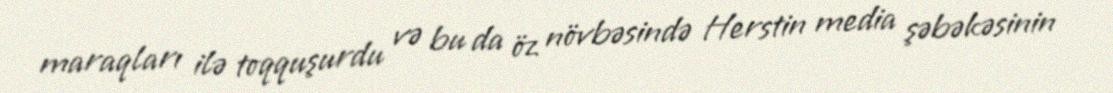
maraqları ilə toqquşurdu və bu da öz növbəsində Herstin media şəbəkəsinin